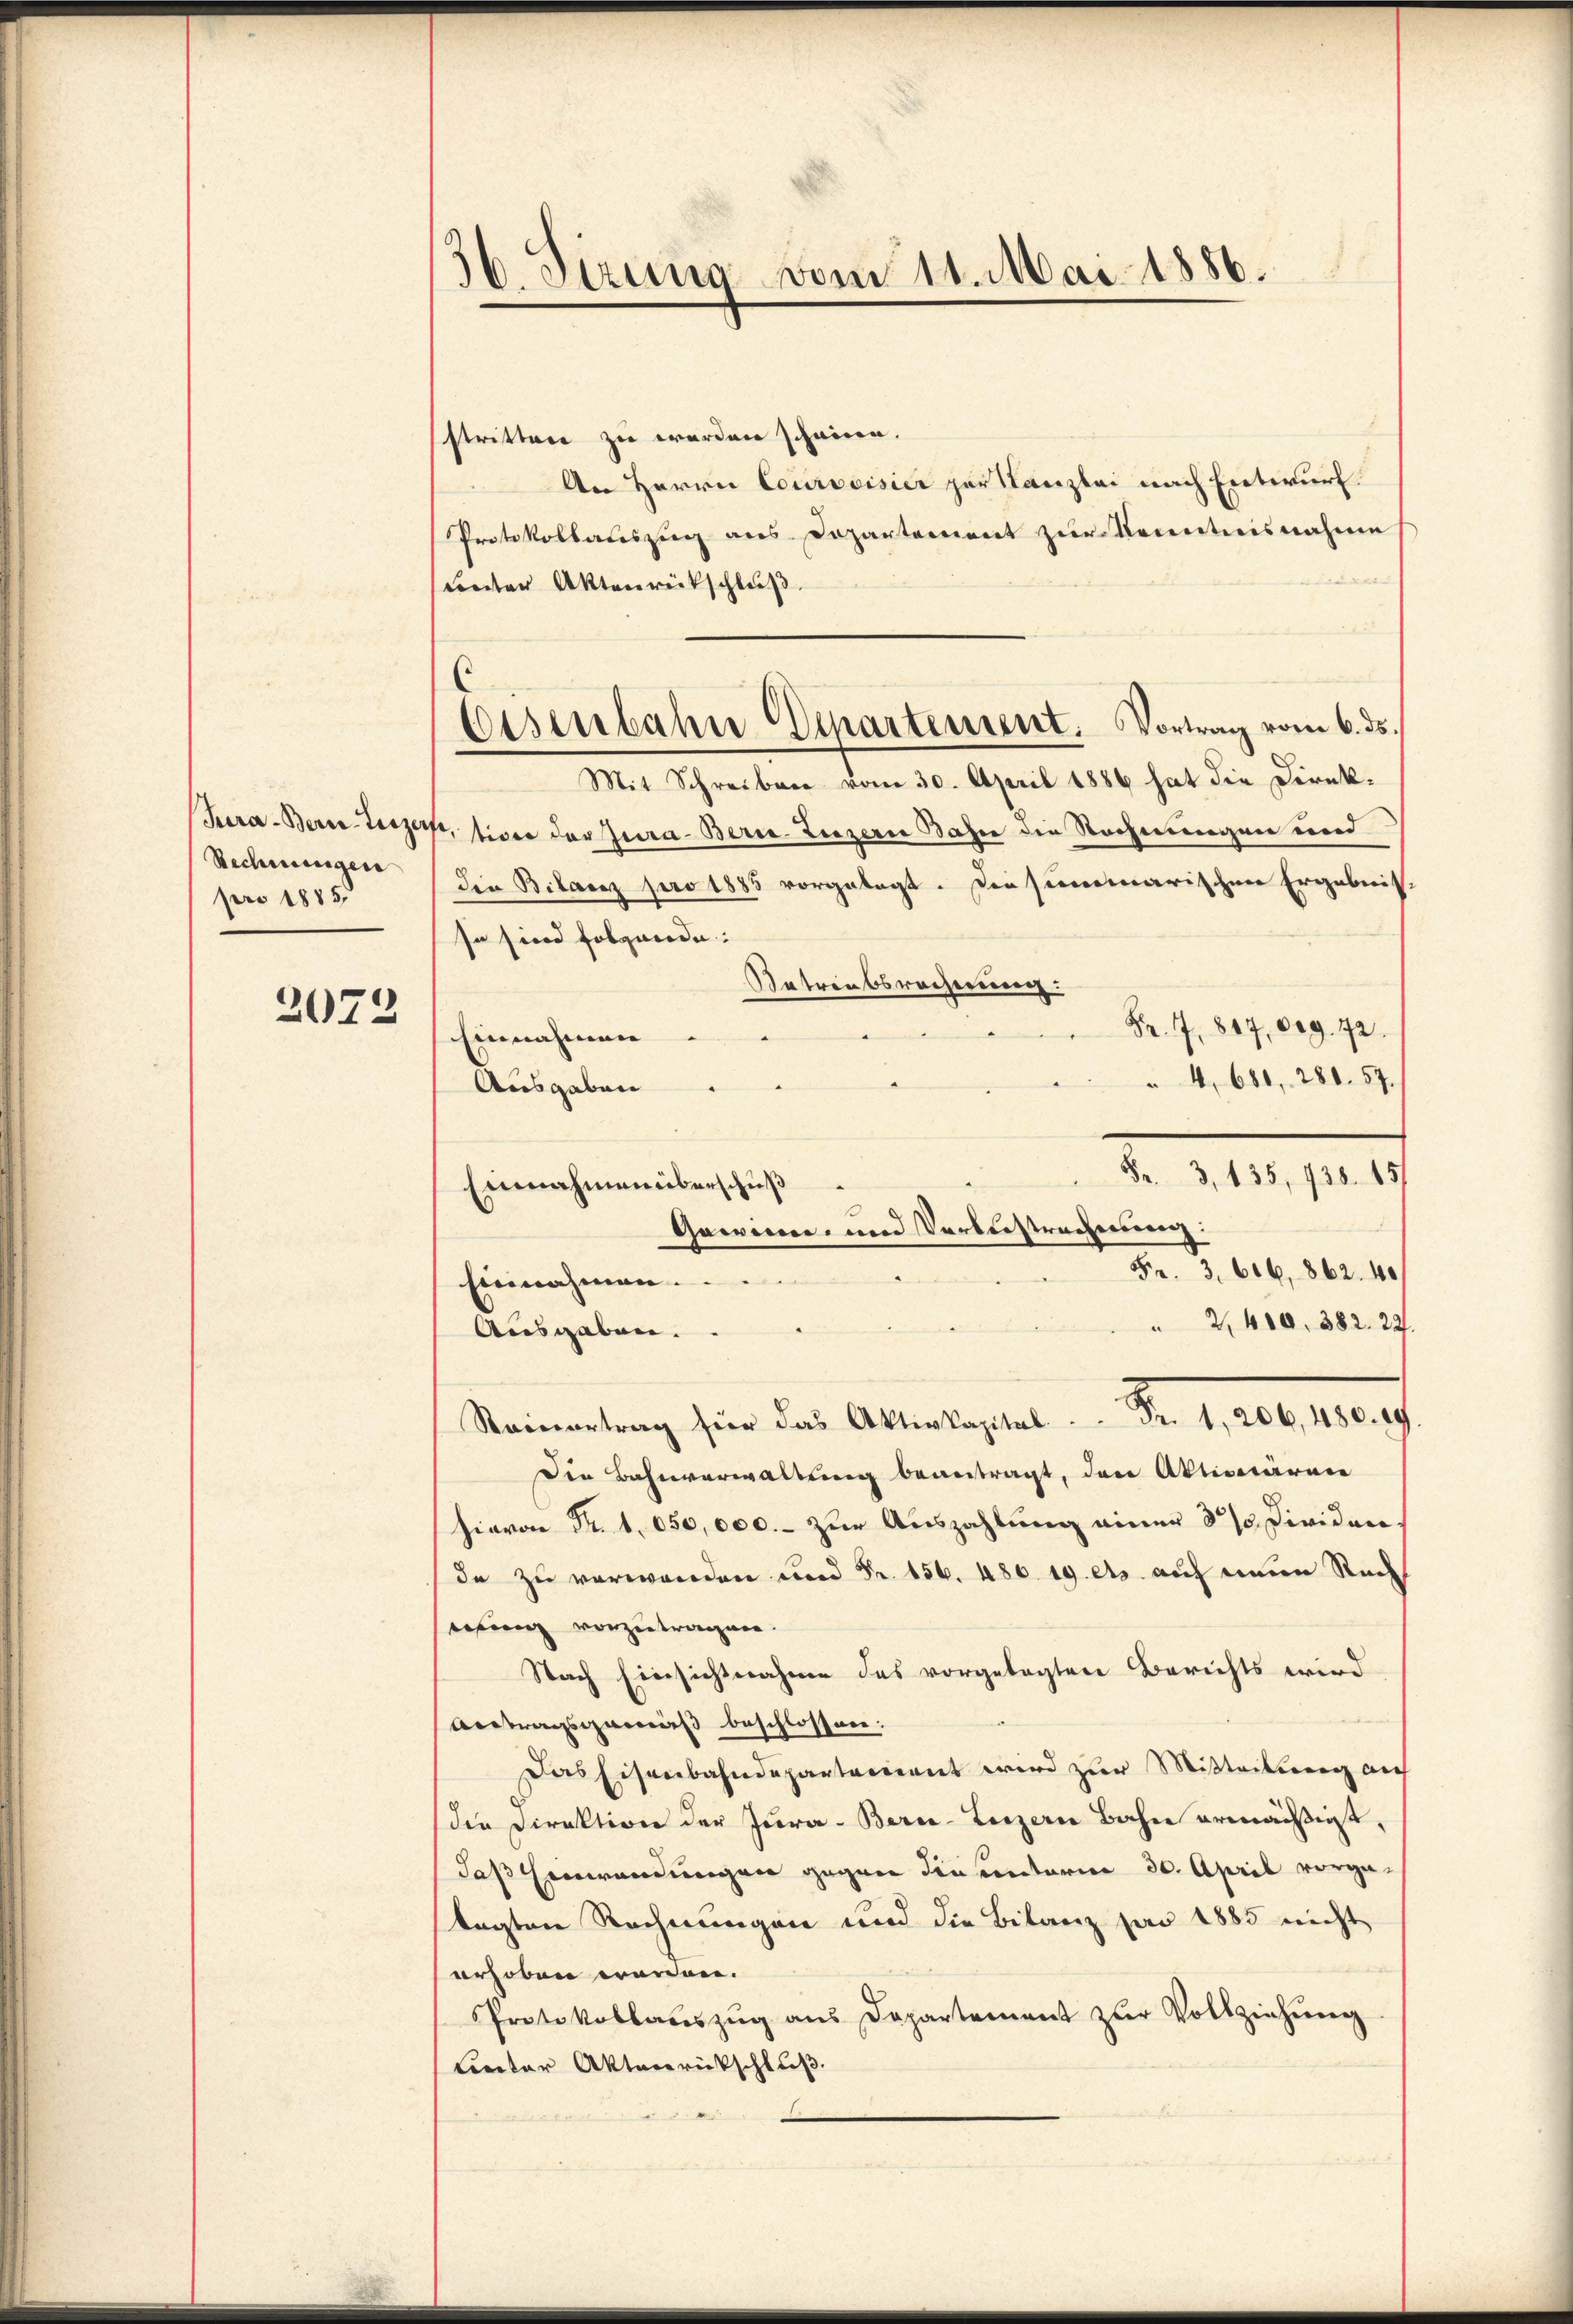
Jura - Bern-Luzer
Rechnungen
pro 1885.

2072

36. Sirung vom 11. Mai 1886.

Eisenbahn Departement. Vortrag vom 6. ds.

strittere zu werden scheinen.
An Herrn Courvoisier zur Kanzlei nach Entwurf.
Protokollauszug aus Departement zur Kenntnisnahme
unter Aktenrückschluß
Mit Schreiben vom 30. April 1886 hat die Direksitive der Jura - Bern. Luzern Bahn die Rechnungen und
Die Bilanz pro 1885 vorgelegt. Die summarischen Ergebnis,
In sind folgende:
Ratreebsrecherung.
Fr. 17. 817,009. 72.
Einnahmen
4, 681, 281. 57.
Ausgaben
Fr. 3, 135, 738. 15
Einnahmen überschuß
Fr. 3. 616, 862. 40
Einnahmen.
" 2400. 382. 22.
Ausgaben.
Stainertrag für das Aktienkapital Fr. 1, 206, 180. 19
Die Bahnverwaltung beantragt, den Aktionären
hiavon Fr. 1. 650,000.- zur Auszahlung einer 30 Dividende zu verwenden und Fr. 156. 480. 19. es auf eine Rech
erung vorzutragen.
Nach Einsichtnahme des vorgelegten Berichts wird
Antragsgemäß beschlossen:
Das Eisenbahndepartement wird zur Mitteilung auf
der Direktion der Jura - Bern-Luzern Bahne ermächtigt,
daß Einwandungen gegen diesentarien 30. April vorge-
tagten Rechnungen und die Bilanz par 1885 nicht
erhoben waren.
Protokollaŭszŭg ans Departement zŭr Vollziehŭng
Lieter Aktenrückschluß.
i

Gawinn und Verbestrechnung: